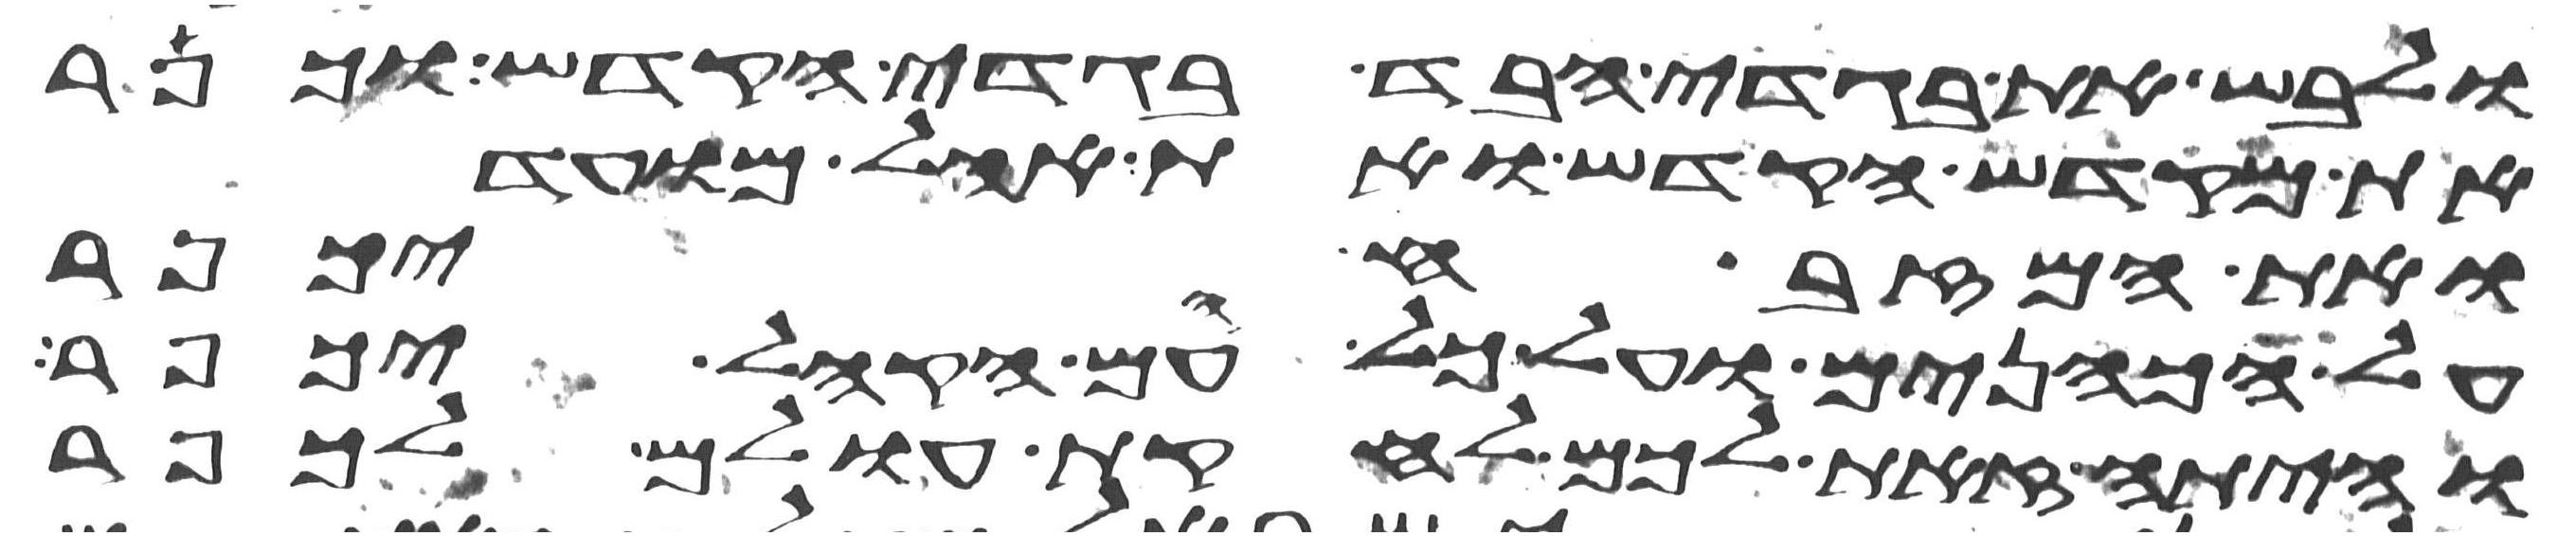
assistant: ולבש את בגדי הבד בגדי הקדש וכפר
את מקדש הקדש ואת אהל מועד
ואת המזבח יכפר
על הכהנים ועל כל עם הקהל יכפר
והיתה זאת לכם לחקות עולם לכפר